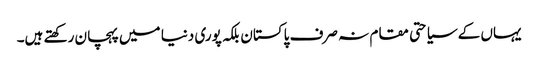
یہاں کے سیاحتی مقام نہ صرف پاکستان بلکہ پوری دنیا میں پہچان رکھتے ہیں۔